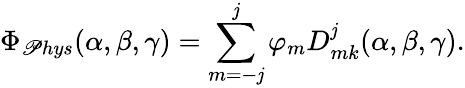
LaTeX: \Phi_{\mathscr{P}hys}(\alpha,\beta,\gamma)=\sum_{m=-\mathit{j}}^{\mathit{j}}\varphi_{m}D_{mk}^{\mathit{j}}(\alpha,\beta,\gamma).